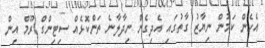
އެހެން ކަމުން ނިޔާޒު ގާތުގައި އެދިގެން ނިދާލާނެ ތަންކޮޅެއް ސިޓިންގް ރޫމް އިން